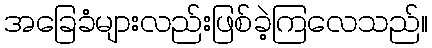
အခြေခံများလည်းဖြစ်ခဲ့ကြလေသည်။